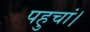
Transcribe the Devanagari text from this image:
पहुचां।